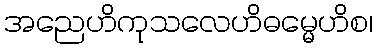
အညေဟိကုသလေဟိဓမ္မေဟိစ၊